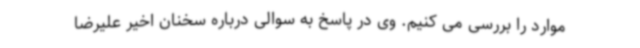
موارد را بررسی می کنیم. وی در پاسخ به سوالی درباره سخنان اخیر علیرضا